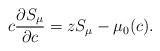
LaTeX: \begin{align*}c\frac{\partial S_{\mu}}{\partial c}=zS_{\mu}-\mu_{0}(c).\end{align*}